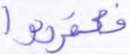
فكفروا